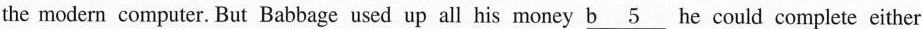
the modern computer. But Babbage used up all his money \underline{b 5 } he could complete either